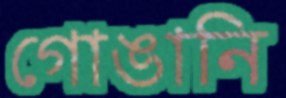
গোঙানি